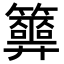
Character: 𥷂